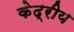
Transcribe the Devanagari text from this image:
केद्रीय